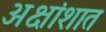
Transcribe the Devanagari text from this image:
अक्षांशात